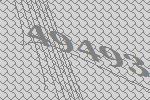
49493